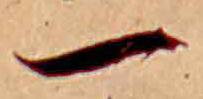
一